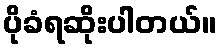
ပိုခံရဆိုးပါတယ်။